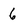
Character: 6